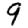
Digit: 9